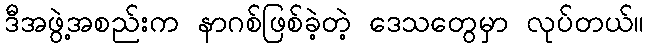
ဒီအဖွဲ့အစည်းက နာဂစ်ဖြစ်ခဲ့တဲ့ ဒေသတွေမှာ လုပ်တယ်။